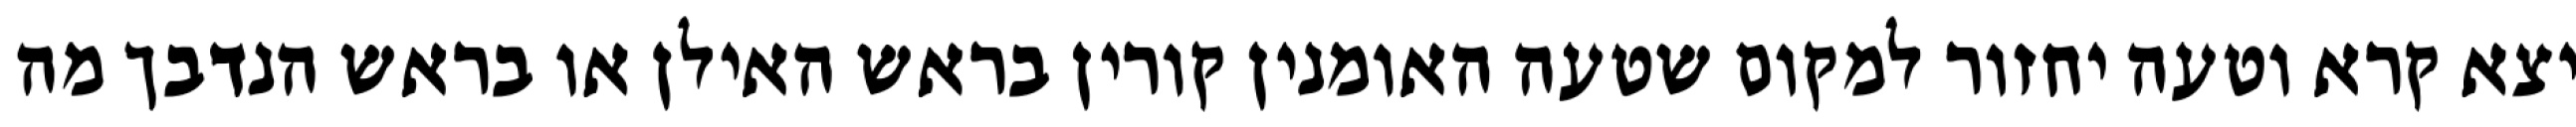
יצא קרא וטעה יחזור למקום שטעה האומנין קורין בראש האילן או בראש הנדבך מה